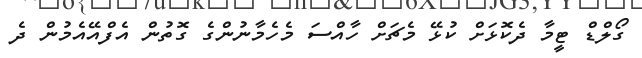
ގޯލްޑް ޓީމާ ދެކޮޅަށް ކުޅޭ މެޗަށް ހާއްސަ މެހެމާނުންގެ ގޮތުން އެފްއޭއެމުން ދެ